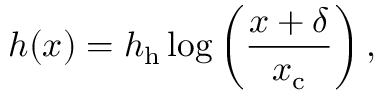
h ( x ) = h _ { \mathrm { h } } \log \left( \frac { x + \delta } { x _ { \mathrm { c } } } \right) ,